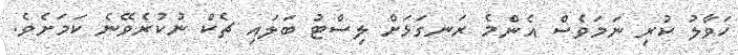
ހަވާލު ކުރި ނަމަވެސް އެންމެ ރަނގަޅަށް ލިސްޓު ބަލައި ޗެކް ނުކުރެވޭނެ ކަމަށެވެ.